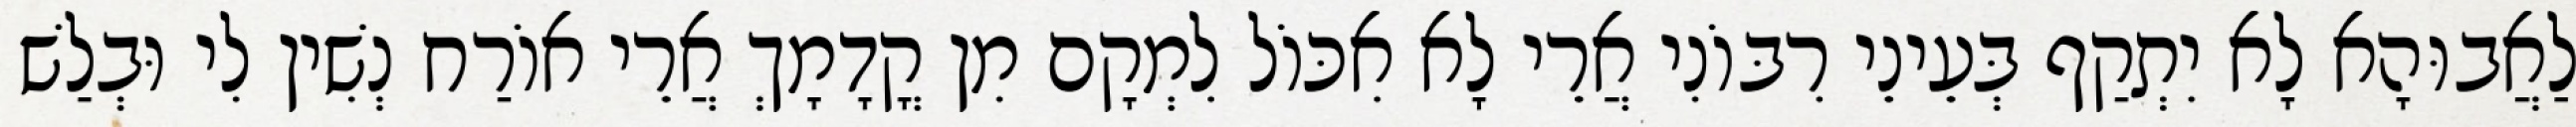
לַאֲבוּהָא לָא יִתְקַף בְּעֵינֵי רִבּוֹנִי אֲרֵי לָא אִכּוֹל לִמְקָם מִן קֳדָמָךְ אֲרֵי אוֹרַח נְשִׁין לִי וּבְלַשׁ